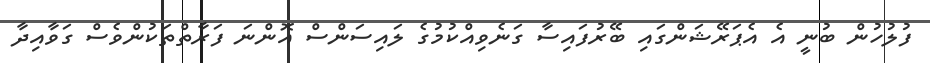
ފުލުހުން ބުނީ އެ އެޕަރޭޝަންގައި ބޭރުފައިސާ ގަނެވިއްކުމުގެ ލައިސަންސް އޮންނަ ފަރާތްތަކުންވެސް ގަވާއިދާ